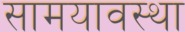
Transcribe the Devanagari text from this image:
सामयावस्था